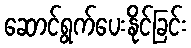
ဆောင်ရွက်ပေးနိုင်ခြင်း